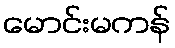
မောင်းမကန်